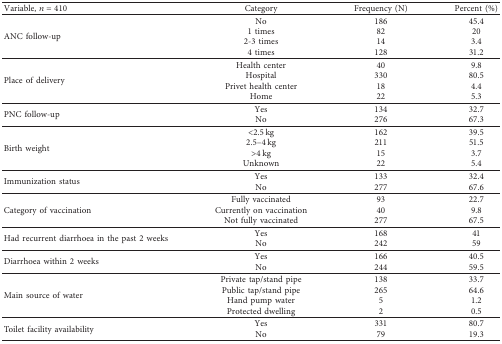
<table><thead><tr><td><b>Variable, <i>n</i>=410</b></td><td><b>Category</b></td><td><b>Frequency (N)</b></td><td><b>Percent (%)</b></td></tr></thead><tbody><tr><td rowspan="4">ANC follow-up</td><td>No</td><td>186</td><td>45.4</td></tr><tr><td>1 times</td><td>82</td><td>20</td></tr><tr><td>2-3 times</td><td>14</td><td>3.4</td></tr><tr><td>4 times</td><td>128</td><td>31.2</td></tr><tr><td rowspan="4">Place of delivery</td><td>Health center</td><td>40</td><td>9.8</td></tr><tr><td>Hospital</td><td>330</td><td>80.5</td></tr><tr><td>Privet health center</td><td>18</td><td>4.4</td></tr><tr><td>Home</td><td>22</td><td>5.3</td></tr><tr><td rowspan="2">PNC follow-up</td><td>Yes</td><td>134</td><td>32.7</td></tr><tr><td>No</td><td>276</td><td>67.3</td></tr><tr><td rowspan="4">Birth weight</td><td>&lt;2.5 kg</td><td>162</td><td>39.5</td></tr><tr><td>2.5–4 kg</td><td>211</td><td>51.5</td></tr><tr><td>&gt;4 kg</td><td>15</td><td>3.7</td></tr><tr><td>Unknown</td><td>22</td><td>5.4</td></tr><tr><td rowspan="2">Immunization status</td><td>Yes</td><td>133</td><td>32.4</td></tr><tr><td>No</td><td>277</td><td>67.6</td></tr><tr><td rowspan="3">Category of vaccination</td><td>Fully vaccinated</td><td>93</td><td>22.7</td></tr><tr><td>Currently on vaccination</td><td>40</td><td>9.8</td></tr><tr><td>Not fully vaccinated</td><td>277</td><td>67.5</td></tr><tr><td rowspan="2">Had recurrent diarrhoea in the past 2 weeks</td><td>Yes</td><td>168</td><td>41</td></tr><tr><td>No</td><td>242</td><td>59</td></tr><tr><td rowspan="2">Diarrhoea within 2 weeks</td><td>Yes</td><td>166</td><td>40.5</td></tr><tr><td>No</td><td>244</td><td>59.5</td></tr><tr><td rowspan="4">Main source of water</td><td>Private tap/stand pipe</td><td>138</td><td>33.7</td></tr><tr><td>Public tap/stand pipe</td><td>265</td><td>64.6</td></tr><tr><td>Hand pump water</td><td>5</td><td>1.2</td></tr><tr><td>Protected dwelling</td><td>2</td><td>0.5</td></tr><tr><td rowspan="2">Toilet facility availability</td><td>Yes</td><td>331</td><td>80.7</td></tr><tr><td>No</td><td>79</td><td>19.3</td></tr></tbody></table>